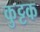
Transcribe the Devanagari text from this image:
कुुट्टक